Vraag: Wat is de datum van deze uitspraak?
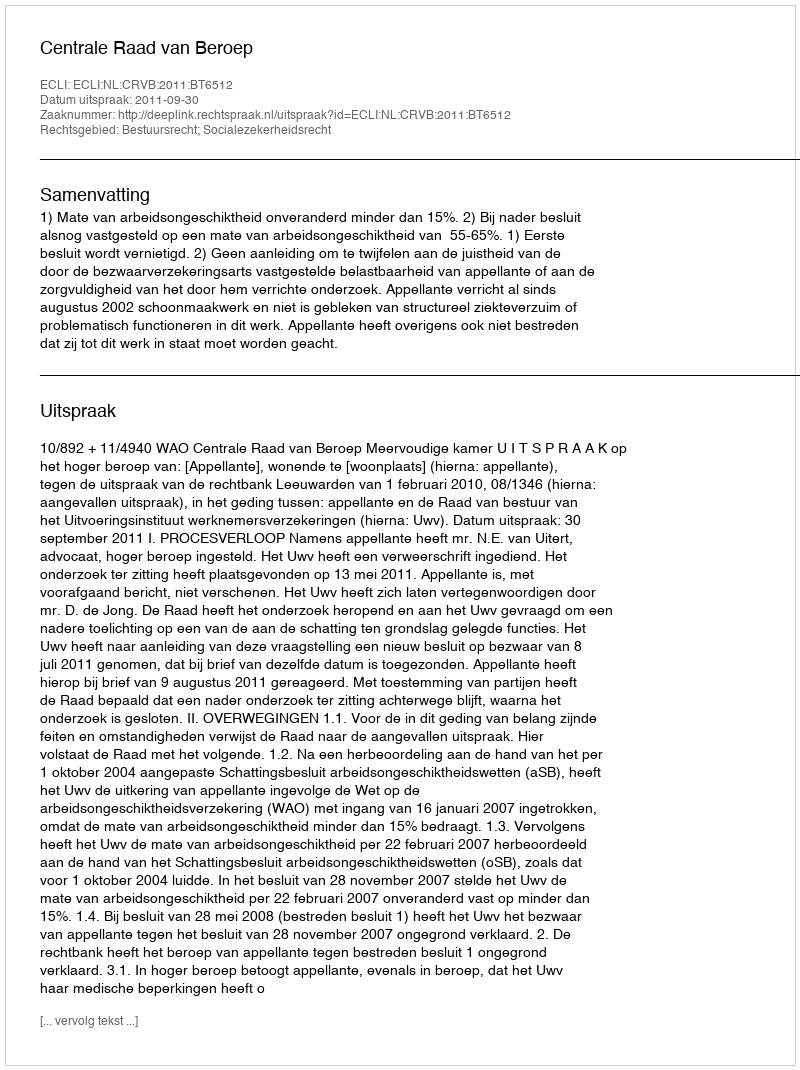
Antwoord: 2011-09-30